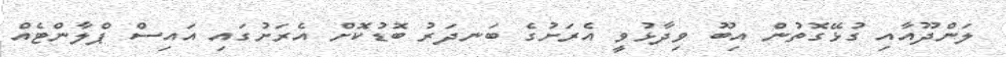
ލަންދޫއާއި ގުޅޭގޮތުން އިބޫ ވިދާޅުވީ އެރަށުގެ ބަނދަރު ބޮޑުކޮށް އެރަށުގައި އައިސް ޕްލާންޓެއް